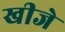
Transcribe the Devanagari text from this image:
खीजे